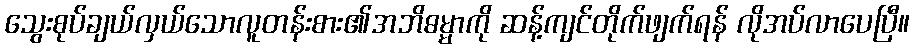
သွေးစုပ်ချယ်လှယ်သောလူတန်းစား၏အဘိဓမ္မာကို ဆန့်ကျင်တိုက်ဖျက်ရန် လိုအပ်လာပေပြီ။